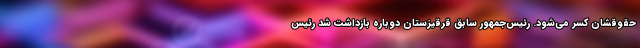
حقوقشان کسر می‌شود. رئیس‌جمهور سابق قرقیزستان دوباره بازداشت شد رئیس